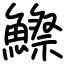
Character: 鰶